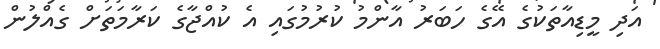
އަދި މީޑިއާތަކުގެ އޭގެ ހަބަރު އާންމު ކުރުމުގައި އެ ކުއްޖާގެ ކަރާމަތަށް ގެއްލުން